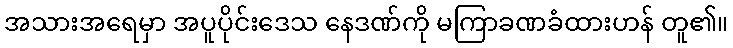
အသားအရေမှာ အပူပိုင်းဒေသ နေဒဏ်ကို မကြာခဏခံထားဟန် တူ၏။